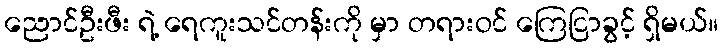
ညောင်ဦးဖီး ရဲ့ ရေကူးသင်တန်းကို မှာ တရားဝင် ကြေငြာခွင့် ရှိမယ်။